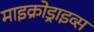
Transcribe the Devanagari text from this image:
माइक्रोड्राइव्स